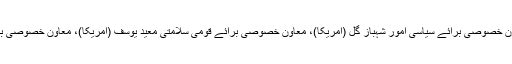
اس کے علاوہ جو معاونین دیگر ممالک کی رہائش رکھتے ہیں، ان میں وزیراعظم کے معاون خصوصی برائے سیاسی امور شہباز گِل (امریکا)، معاون خصوصی برائے قومی سلامتی معید یوسف (امریکا)، معاون خصوصی برائے پارلیمانی کوآرڈینیشن ندیم افضل گوندل (کینیڈا) اور تانیہ ایدروس (سنگاپور) شامل ہیں۔